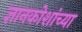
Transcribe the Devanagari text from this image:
ज्ञानकोशांच्या